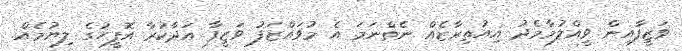
ވަޒީފާއިން ވީއްލުމާމެދު އިއުތިރާޒެއް ނެތްނަމަ އެ މުވައްޒަފު ވަޒީފާ އަދާކުރާ އޮފީހުގެ ލިޔުމެއް.